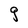
Character: g